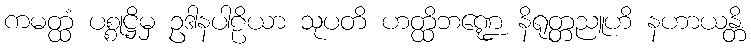
ကမတ္ထံ ပစ္စုဋ္ဌိမှ ဥဒါနပါဠိယာ သုပတိ ဟတ္ထိဘဏ္ဍေ နိရုတ္တညူဟိ နဟာယန္တိ